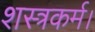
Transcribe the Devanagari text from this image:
शस्त्रकर्म।